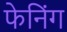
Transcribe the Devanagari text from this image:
फेनिंग